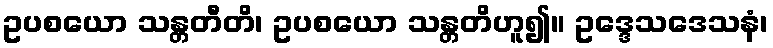
ဥပစယော သန္တတီတိ၊ ဥပစယော သန္တတိဟူ၍။ ဥဒ္ဒေသဒေသနံ၊